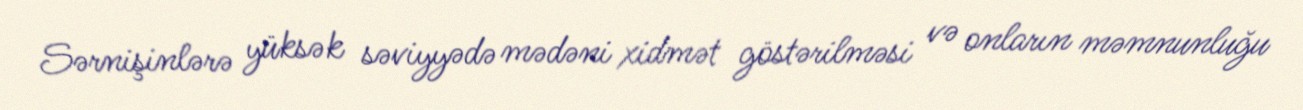
Sərnişinlərə yüksək səviyyədə mədəni xidmət göstərilməsi və onların məmnunluğu